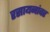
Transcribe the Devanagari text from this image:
रसायनांवर